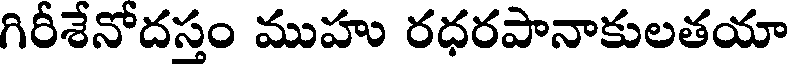
గిరీశేనోదస్తం ముహు రధరపానాకులతయా